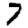
Digit: 7